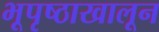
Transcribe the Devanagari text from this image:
भूपृष्ठाखालून